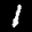
Label: 1